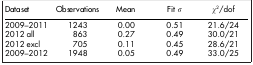
| Dataset | Observations | Mean | Fit σ | χ2/dof |
 | --- | --- | --- | --- | --- |
 | 2009–2011 | 1243 | 0.00 | 0.51 | 21.6/24 |
 | 2012 all | 863 | 0.27 | 0.49 | 30.0/21 |
 | 2012 excl | 705 | 0.11 | 0.45 | 28.6/21 |
 | 2009–2012 | 1948 | 0.05 | 0.49 | 33.0/25 |